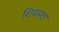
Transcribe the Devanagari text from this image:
शिवमत